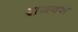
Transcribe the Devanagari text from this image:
राजवश